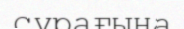
сұрағыңа